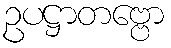
ဥပဋ္ဌာတဗ္ဗော